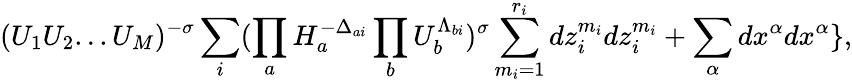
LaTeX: (U_{1}U_{2}...U_{M})^{-\sigma}\sum_{i}(\prod_{a}H_{a}^{-\Delta_{ai}}\prod_{b}U_{b}^{\Lambda_{bi}})^{\sigma}\sum_{m_{i}=1}^{r_{i}}dz_{i}^{m_{i}}dz_{i}^{m_{i}}+\sum_{\alpha}dx^{\alpha}dx^{\alpha}\} ,